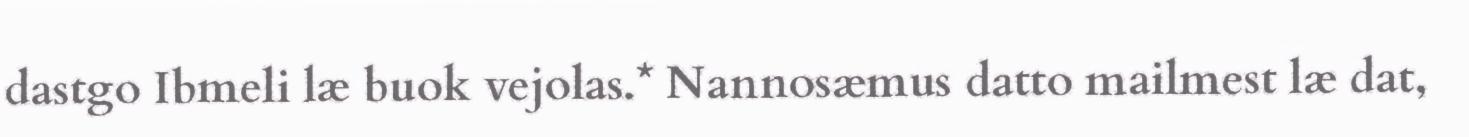
dastgo Ibmeli læ buok vejolas.* Nannosæmus datto mailmest læ dat,